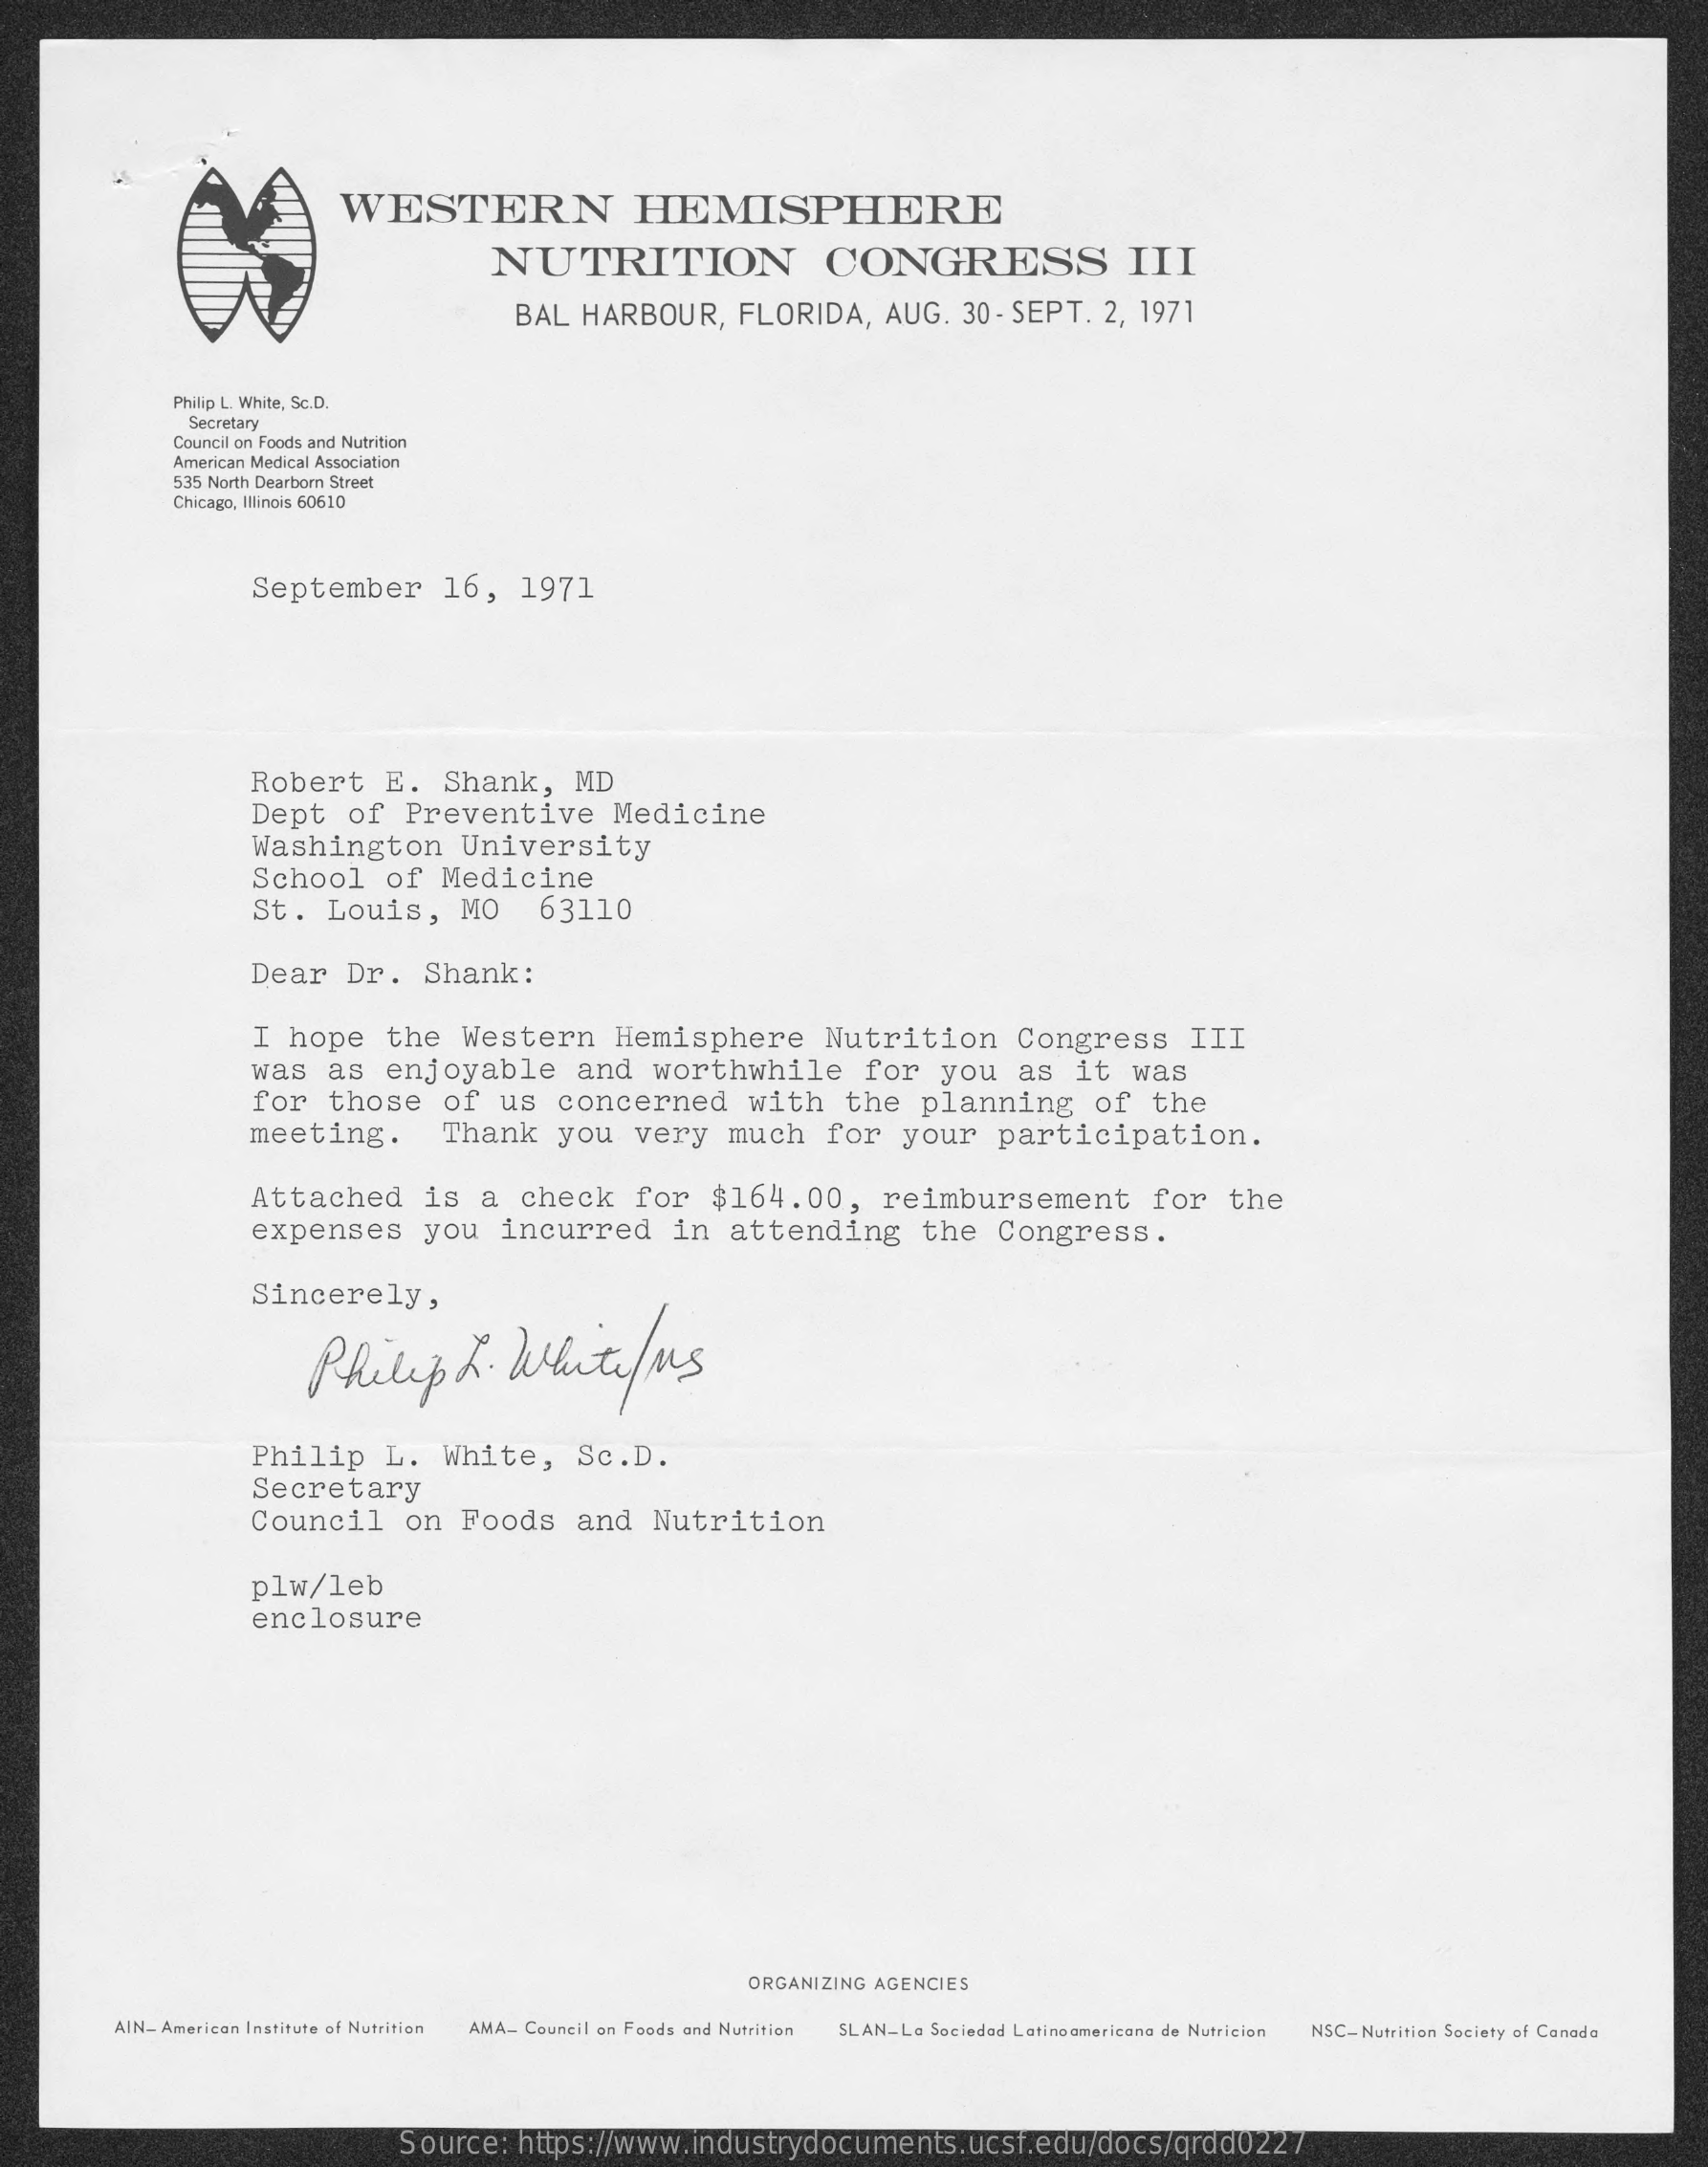
WESTERN    HEMISPHERE
     NUTRITION    CONGRESS    III
     BAL  HARBOUR,    FLORIDA,    AUG.   30 - SEPT.  2, 1971
     Philip L. White, Sc.D.
     Secretary
     Council on Foods and Nutrition
     American Medical Association
     535 North Dearborn Street
     Chicago, Illinois 60610
     September    16,    1971
     Robert    E.   Shank,    MD
     Dept    of   Preventive    Medicine
     Washington    University
     School    of   Medicine
     St.  Louis,    MO    63110
     Dear    Dr.    Shank:
     I hope    the   Western    Hemisphere    Nutrition    Congress    III
     was   as   enjoyable    and   worthwhile    for    you    as   it   was
     for   those    of   us   concerned    with    the    planning    of    the
     meeting.    Thank    you    very    much    for   your    participation.
     Attached    is   a   check    for   $164.00,    reimbursement    for    the
     expenses    you    incurred    in   attending    the    Congress.
     Sincerely,
     Philip    K.    White/Ms
     Philip    L.   White,    Sc.D.
     Secretary
     Council    on  Foods    and   Nutrition
     plw/leb
     enclosure
     ORGANIZING AGENCIES
     AIN-American Institute of Nutrition AMA- Council on Foods and Nutrition SLAN-La Sociedad Latinoamericana de Nutricion NSC-Nutrition Society of Canada
     Source:   https://www.industrydocuments.ucsf.edu/docs/qrdd0227